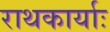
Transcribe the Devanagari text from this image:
राथकार्याः